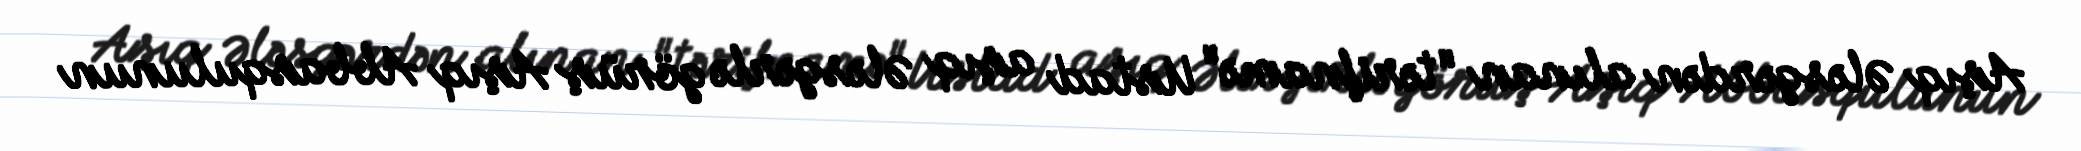
Aşıq Ələsgərdən alınan "tərifnamə" Ustad aşıq Ələsgərlə görüş Aşıq Abbasqulunun